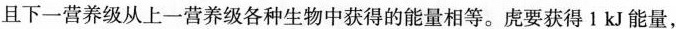
且下一营养级从上一营养级各种生物中获得的能量相等。虎要获得1kJ能量，